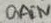
Text: GAIN